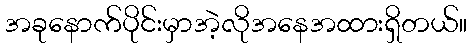
အခုနောက်ပိုင်းမှာအဲ့လိုအနေအထားရှိတယ်။